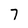
Character: 7